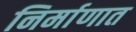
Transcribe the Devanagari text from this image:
निर्माणात